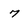
Character: 7